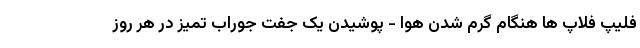
فلیپ فلاپ ها هنگام گرم شدن هوا - پوشیدن یک جفت جوراب تمیز در هر روز